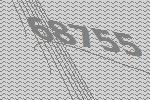
68755